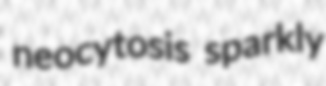
neocytosis sparkly